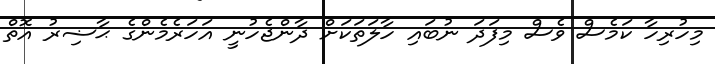
މިހުރިހާ ކަމެސް ވެސް މިފަދަ ނުބައި ހާލަތަކަށް ދާންޖެހުނީ އަހަރެމެންގެ ޙާޟިރު އޮތް